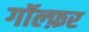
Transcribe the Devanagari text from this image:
गॉल्फ़र